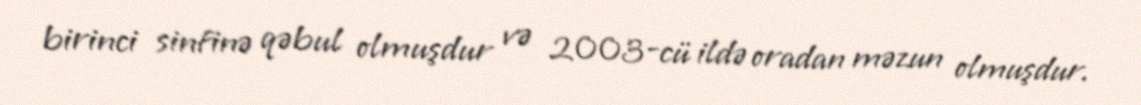
birinci sinfinə qəbul olmuşdur və 2003-cü ildə oradan məzun olmuşdur.